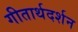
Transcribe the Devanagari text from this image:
गीतार्थदर्शन